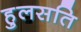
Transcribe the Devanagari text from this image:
हुलसति